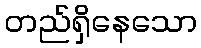
တည်ရှိနေသော